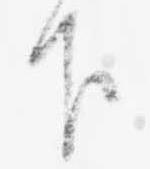
下